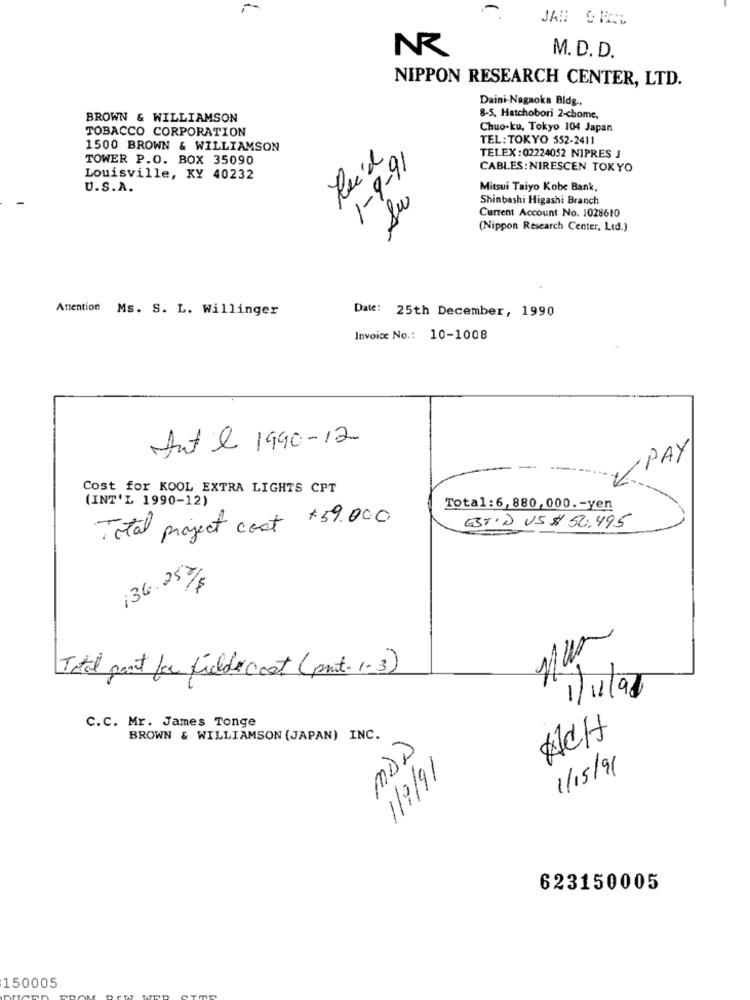
JAN GIRL
NR
M. D. D.
NIPPON RESEARCH CENTER, LTD.
Daini-Nagaoka Bldg .,
BROWN & WILLIAMSON
8-5, Hatchobori 2-chome,
TOBACCO CORPORATION
Chuo-ku, Tokyo 104 Japan
TEL: TOKYO 552-2411
1500 BROWN & WILLIAMSON
TELEX : 02224052 NIPRES J
TOWER P.O. BOX 35090
1-9-91
CABLES: NIRESCEN TOKYO
Louisville, KY 40232
U.S.A.
Mitsui Taiyo Kobe Bank,
Su
Shinbashi Higashi Branch
Current Account No. 1028610
(Nippon Research Center, Led.)
Attention Ms. S. L. Willinger
Date: 25th December, 1990
Invoice No .: 10-1008
Ante 1990- 12
PAY
Cost for KOOL EXTRA LIGHTS CPT
(INT'L 1990-12)
Total:6,880,000 .- yen
Total project cost $59.000
EST'D US $ 50,495
136.253/
100
Total pant for fields cost (prot. 1-3)
-
C.C. Mr. James Tonge
BROWN & WILLIAMSON (JAPAN) INC.
ACH
MDD
1/9/11
1/15/91
623150005
150005